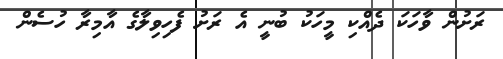
ރަށުން ވާހަކަ ދެއްކި މީހަކު ބުނީ އެ ރަށު ފެހިވިލާގެ އާމިރާ ހުސެން